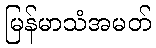
မြန်မာသံအမတ်